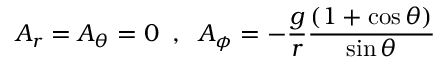
A _ { r } = A _ { \theta } = 0 \; \; , \; \; A _ { \phi } = - \frac { g } { r } \frac { ( 1 + \cos \theta ) } { \sin \theta }